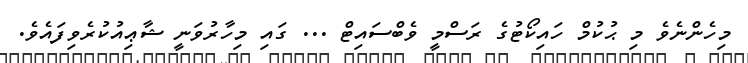
މިހެންނެވެ މި ޙުކުމް ހައިކޯޓުގެ ރަސްމީ ވެބްސައިޓް ... ގައި މިހާރުވަނީ ޝާޢިއުކުރެވިފައެވެ.